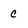
Character: c